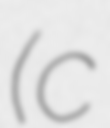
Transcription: (c